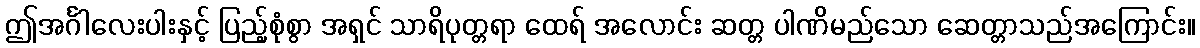
ဤအင်္ဂါလေးပါးနှင့် ပြည့်စုံစွာ အရှင် သာရိပုတ္တရာ ထေရ် အလောင်း ဆတ္တ ပါဏိမည်သော ဆေတ္တာသည်အကြောင်း။